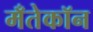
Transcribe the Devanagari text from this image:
मँतेकॉन